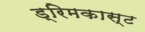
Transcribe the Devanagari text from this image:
ड्रिमकास्ट